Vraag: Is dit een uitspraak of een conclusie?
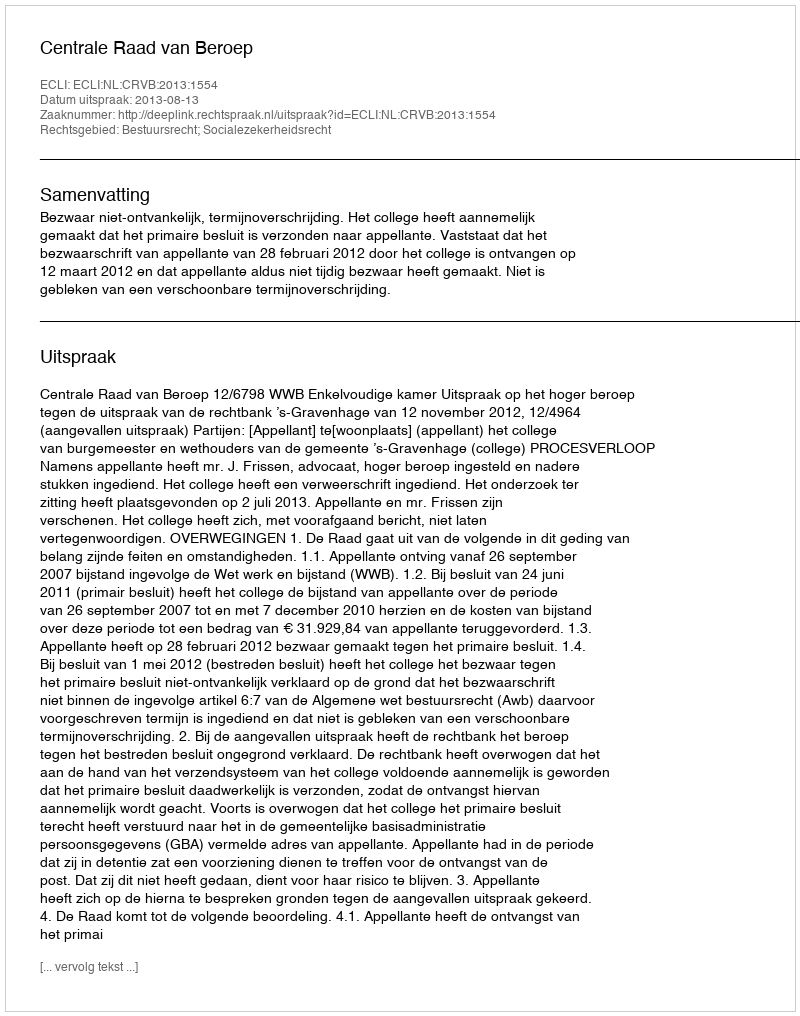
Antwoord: Uitspraak